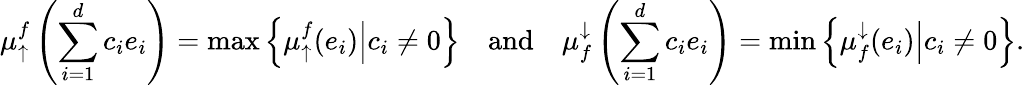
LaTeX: \mu_{\uparrow}^{f}\left(\sum_{i=1}^{d}c_{i}e_{i}\right)=\operatorname*{max}\left\{ \left.\mu_{\uparrow}^{f}(e_{i})\right|c_{i}\neq 0\right\} \quad\mathrm{and}\quad\mu_{f}^{\downarrow}\left(\sum_{i=1}^{d}c_{i}e_{i}\right)=\operatorname*{min}\left\{ \left.\mu_{f}^{\downarrow}(e_{i})\right|c_{i}\neq 0\right\} .